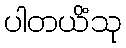
ပါတယိံသု